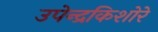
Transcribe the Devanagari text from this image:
उपेन्द्रकिशोरे